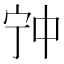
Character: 𡧲